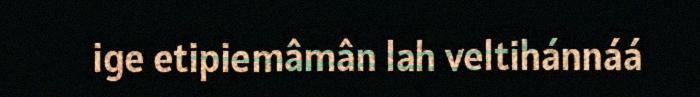
ige etipiemâmân lah veltihánnáá